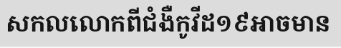
សកលលោកពីជំងឺកូវីដ១៩អាចមាន